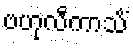
ဗဟုလီကာသိံ